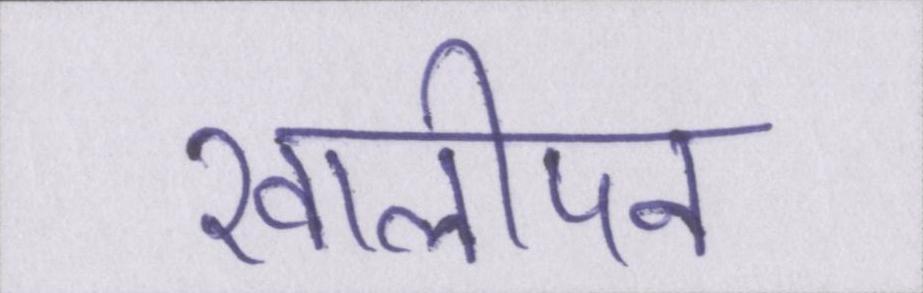
खालीपन